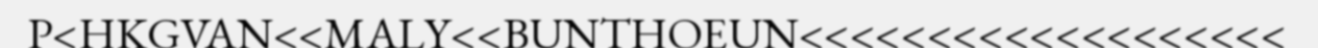
P<HKGVAN<<MALY<<BUNTHOEUN<<<<<<<<<<<<<<<<<<<